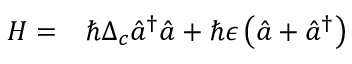
\begin{array} { r l } { H = } & { { } \hbar \Delta _ { c } \hat { a } ^ { \dagger } \hat { a } + \hbar \epsilon \left( \hat { a } + \hat { a } ^ { \dagger } \right) } \end{array}